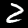
Digit: 2